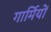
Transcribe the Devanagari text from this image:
गार्मियों